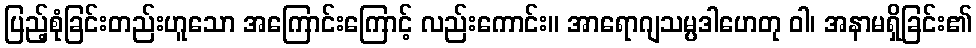
ပြည့်စုံခြင်းတည်းဟူသော အကြောင်းကြောင့် လည်းကောင်း။ အာရောဂျသမ္ပဒါဟေတု ဝါ၊ အနာမရှိခြင်း၏